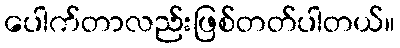
ပေါက်တာလည်းဖြစ်တတ်ပါတယ်။